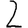
Digit: 2